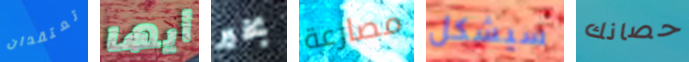
تعتقدان أيها بخير مصارعة سيشكل حصانك